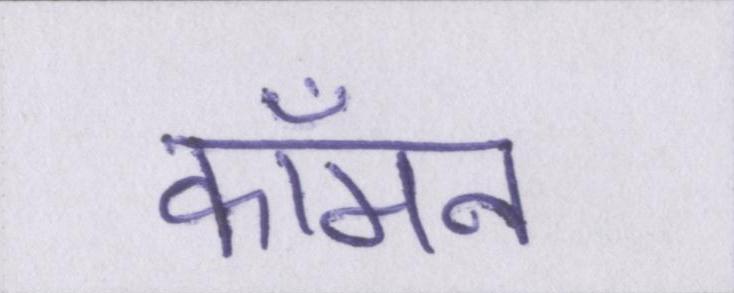
कॉमन